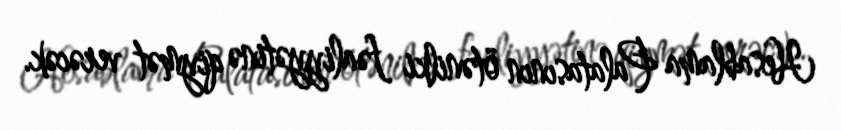
Hesablama Palatasının ötənilki fəaliyyətinə qiymət verəcək.